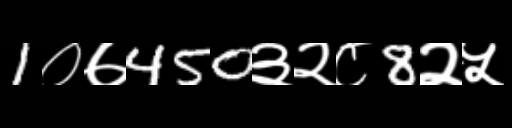
Text: 1०७450३२८8२५